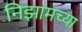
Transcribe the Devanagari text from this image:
निझामच्या